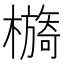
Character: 檹